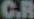
C.R